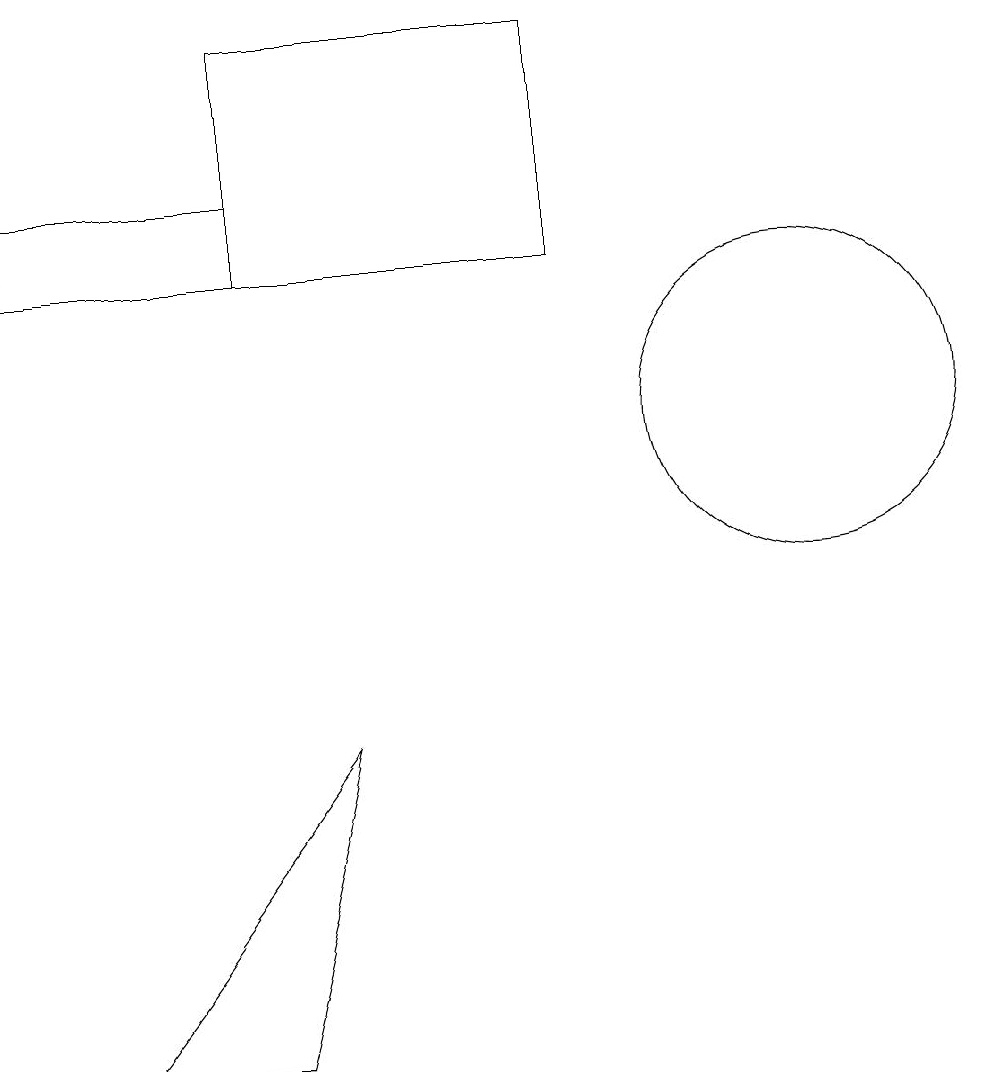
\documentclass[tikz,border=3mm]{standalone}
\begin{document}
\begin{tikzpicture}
\draw (8,13) rectangle (4,16);
\draw (2,3) -- (5,7) -- (4,3) -- cycle;
\draw (2,11) rectangle (2,11);
\draw (11,11) circle (2);
\draw (1,14) rectangle (4,13);
\draw[->] (1,14) -- (1,15);
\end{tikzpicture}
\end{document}